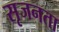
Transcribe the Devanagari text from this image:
सृजनता